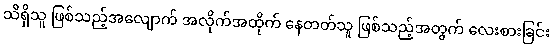
သိရှိသူ ဖြစ်သည့်အလျောက် အလိုက်အထိုက် နေတတ်သူ ဖြစ်သည့်အတွက် လေးစားခြင်း